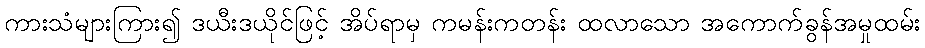
ကားသံများကြား၍ ဒယီးဒယိုင်ဖြင့် အိပ်ရာမှ ကမန်းကတန်း ထလာသော အကောက်ခွန်အမှုထမ်း